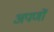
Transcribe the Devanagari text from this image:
अपणों